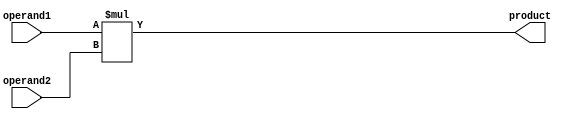
module signed_multiplier(input signed [31:0] operand1,
                            input signed [31:0] operand2,
                            output reg signed [63:0] product);

// Control logic to manage flow of data and operations
always @(*)
begin
    product = operand1 * operand2;
end

endmodule